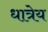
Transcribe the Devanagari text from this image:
धात्रेय